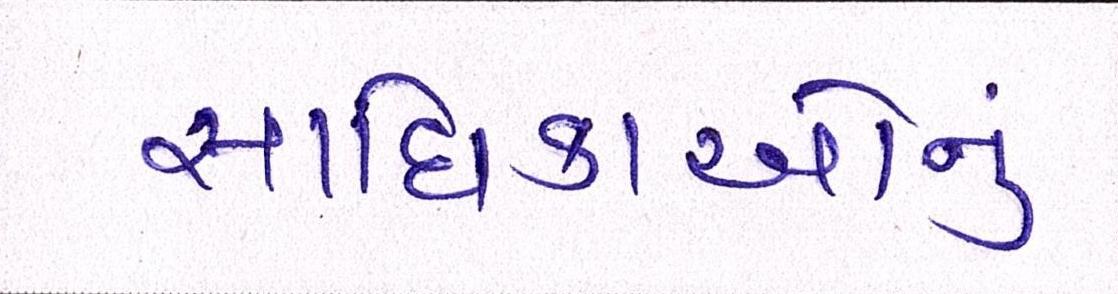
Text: સાધિકાઓનું